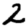
Digit: 2